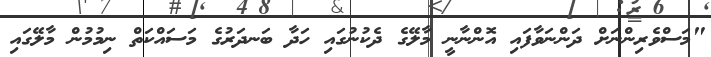
"މަސްވެރިންނަށް ދަންނަވާފައި އޮންނާނީ މާލޭގެ ދެކުނުގައި ހަދާ ބަނދަރުގެ މަސައްކަތް ނިމުމުން މާލޭގައި